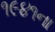
૧૯૪૧ના